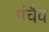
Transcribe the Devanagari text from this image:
पंचैव